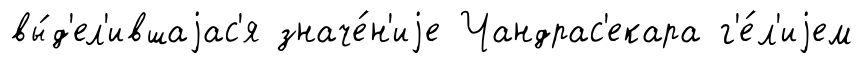
вы́д'ел'ившаjас'я значе́н'иjе Чандрас'екара г'е́л'иjем